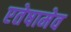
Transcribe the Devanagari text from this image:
एतेषामेव